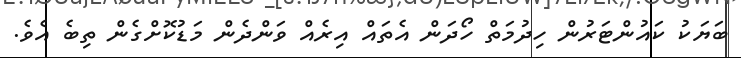
ބަޔަކު ކައުންޓަރުން ހިދުމަތް ހޯދަން އެތައް އިރެއް ވަންދެން މަޑުކޮށްގެން ތިބެ އެވެ.